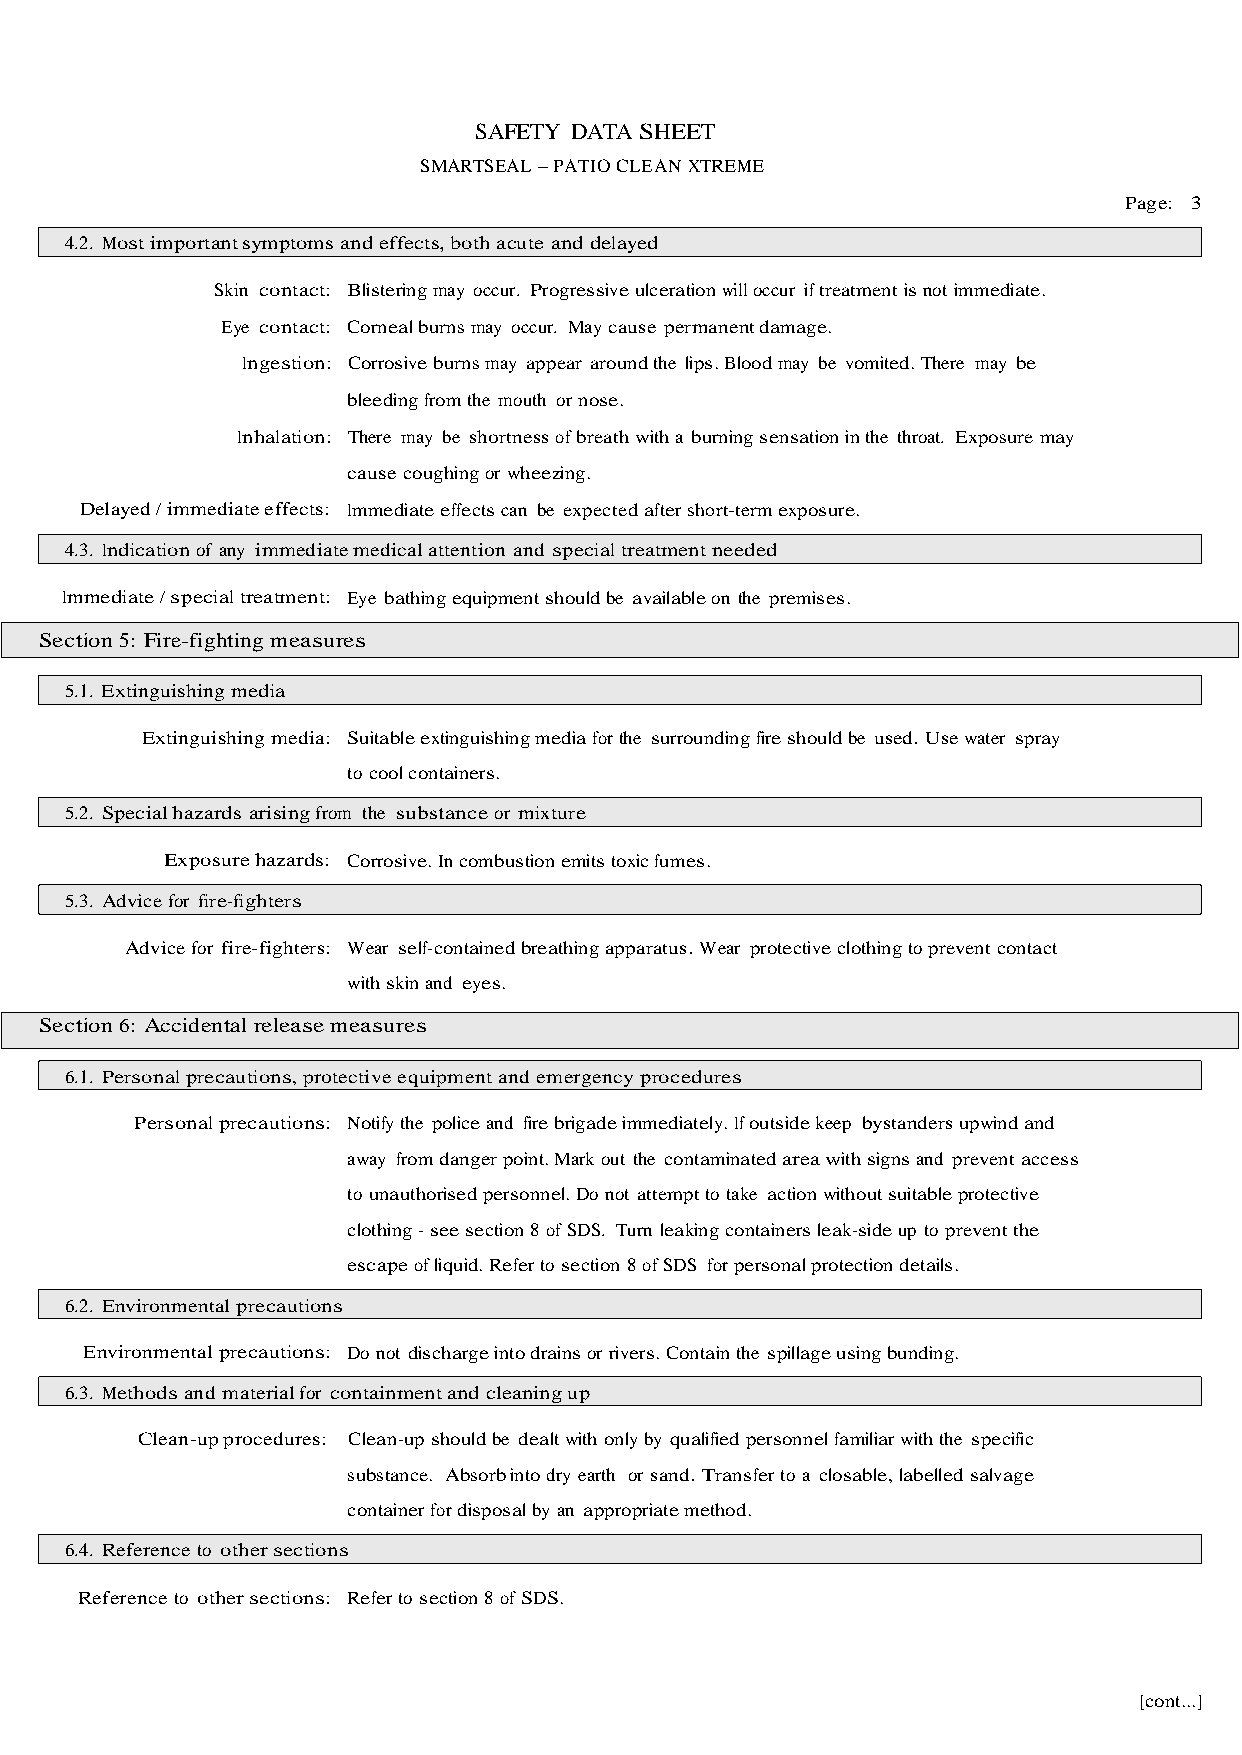
SAFETY DATA SHEET
 SMARTSEAL – PATIO CLEAN XTREME
 Page: 3
 4.2. Most important symptoms and effects, both acute and delayed
 Skin contact: Blistering may occur. Progressive ulceration will occur if treatment is not immediate.
 Eye contact: Corneal burns may occur. May cause permanent damage.
 Ingestion: Corrosive burns may appear around the lips. Blood may be vomited. There may be
 bleeding from the mouth or nose.
 Inhalation: There may be shortness of breath with a burning sensation in the throat. Exposure may
 cause coughing or wheezing.
 Delayed / immediate effects: Immediate effects can be expected after short-term exposure.
 4.3. Indication of any immediate medical attention and special treatment needed
 Immediate / special treatment: Eye bathing equipment should be available on the premises.
 Section 5: Fire-fighting measures
 5.1. Extinguishing media
 Extinguishing media: Suitable extinguishing media for the surrounding fire should be used. Use water spray
 to cool containers.
 5.2. Special hazards arising from the substance or mixture
 Exposure hazards: Corrosive. In combustion emits toxic fumes.
 5.3. Advice for fire-fighters
 Advice for fire-fighters: Wear self-contained breathing apparatus. Wear protective clothing to prevent contact
 with skin and eyes.
 Section 6: Accidental release measures
 6.1. Personal precautions, protective equipment and emergency procedures
 Personal precautions: Notify the police and fire brigade immediately. If outside keep bystanders upwind and
 away from danger point. Mark out the contaminated area with signs and prevent access
 to unauthorised personnel. Do not attempt to take action without suitable protective
 clothing - see section 8 of SDS. Turn leaking containers leak-side up to prevent the
 escape of liquid. Refer to section 8 of SDS for personal protection details.
 6.2. Environmental precautions
 Environmental precautions: Do not discharge into drains or rivers. Contain the spillage using bunding.
 6.3. Methods and material for containment and cleaning up
 Clean-up procedures: Clean-up should be dealt with only by qualified personnel familiar with the specific
 substance. Absorb into dry earth or sand. Transfer to a closable, labelled salvage
 container for disposal by an appropriate method.
 6.4. Reference to other sections
 Reference to other sections: Refer to section 8 of SDS.
 [cont...]